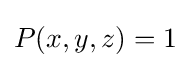
P(x,y,z)=1